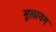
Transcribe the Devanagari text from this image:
मूलायम